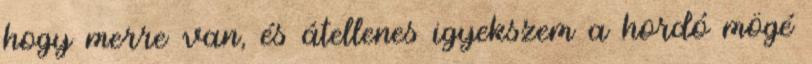
hogy merre van, és átellenes igyekszem a hordó mögé